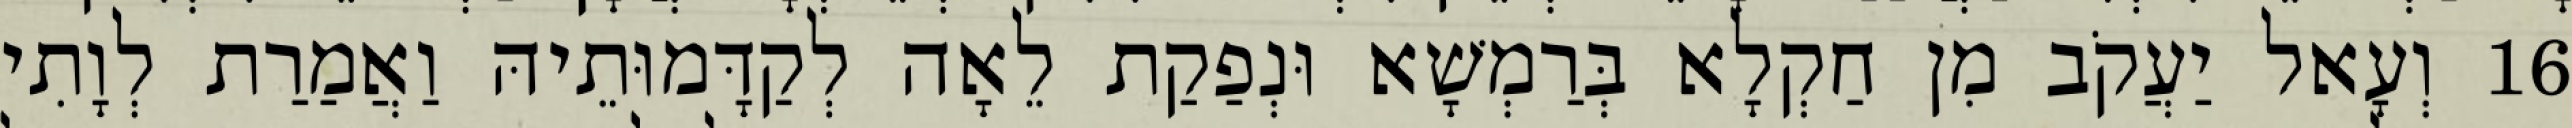
16 וְעָאל יַעֲקֹב מִן חַקְלָא בְּרַמְשָׁא וּנְפַקַת לֵאָה לְקַדָּמוּתֵיהּ וַאֲמַרַת לְוָתִי